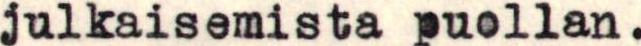
julkaisemista puollan.